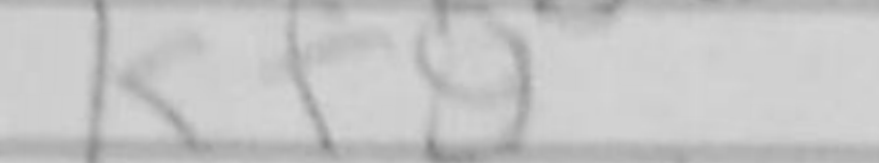
Transcription: Kf8